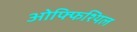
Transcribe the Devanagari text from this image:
ओफ्फिश्यिल